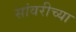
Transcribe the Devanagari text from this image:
सांवरीच्या